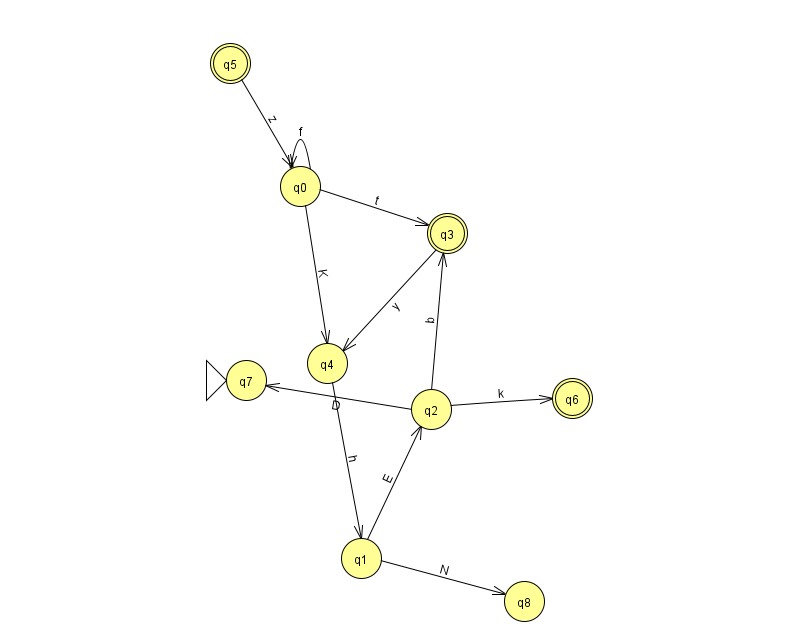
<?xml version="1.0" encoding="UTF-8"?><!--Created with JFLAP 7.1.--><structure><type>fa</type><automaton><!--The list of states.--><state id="0" name="q0"><x>300.0</x><y>173.0</y></state><state id="1" name="q1"><x>361.0</x><y>545.0</y></state><state id="2" name="q2"><x>431.0</x><y>396.0</y></state><state id="3" name="q3"><x>447.0</x><y>220.0</y><final/></state><state id="4" name="q4"><x>327.0</x><y>350.0</y></state><state id="5" name="q5"><x>230.0</x><y>50.0</y><final/></state><state id="6" name="q6"><x>572.0</x><y>385.0</y><final/></state><state id="7" name="q7"><x>246.0</x><y>367.0</y><initial/></state><state id="8" name="q8"><x>524.0</x><y>588.0</y></state><!--The list of transitions.--><transition><from>2</from><to>7</to><read>D</read></transition><transition><from>2</from><to>6</to><read>k</read></transition><transition><from>0</from><to>0</to><read>f</read></transition><transition><from>0</from><to>3</to><read>t</read></transition><transition><from>1</from><to>8</to><read>N</read></transition><transition><from>0</from><to>4</to><read>K</read></transition><transition><from>3</from><to>4</to><read>y</read></transition><transition><from>2</from><to>3</to><read>b</read></transition><transition><from>4</from><to>1</to><read>h</read></transition><transition><from>5</from><to>0</to><read>z</read></transition><transition><from>1</from><to>2</to><read>E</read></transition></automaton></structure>